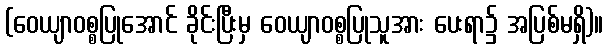
(ဝေယျာဝစ္စပြုအောင် ခိုင်းပြီးမှ ဝေယျာဝစ္စပြုသူအား ပေးရာ၌ အပြစ်မရှိ)။